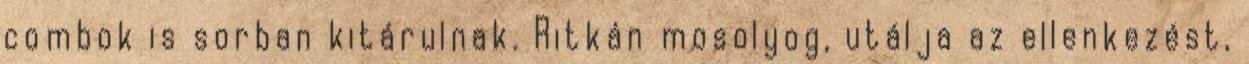
combok is sorban kitárulnak. Ritkán mosolyog, utálja az ellenkezést,